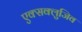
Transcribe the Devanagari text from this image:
एक्सक्लुजिव